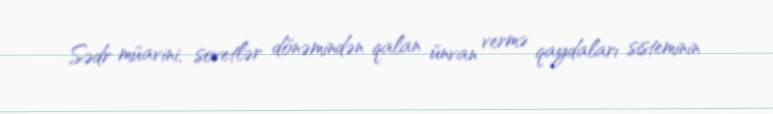
Sədr müavini, sovetlər dönəmindən qalan ünvan vermə qaydaları sisteminin